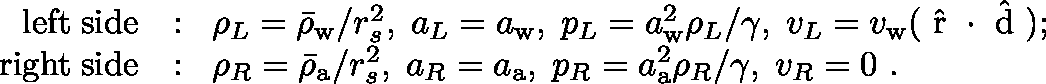
\begin{array} { r l } { \mathrm { l e f t \; s i d e } } & { : \; \; \rho _ { L } = \bar { \rho } _ { \mathrm { w } } / r _ { s } ^ { 2 } , \; a _ { L } = a _ { \mathrm { w } } , \; p _ { L } = a _ { \mathrm { w } } ^ { 2 } \rho _ { L } / \gamma , \; v _ { L } = v _ { \mathrm { w } } ( { \mathrm { \boldmath ~ \hat { r } ~ \unboldmath } } \cdot { \mathrm { \boldmath ~ \hat { d } ~ \unboldmath } } ) ; } \\ { \mathrm { r i g h t \; s i d e } } & { : \; \; \rho _ { R } = \bar { \rho } _ { \mathrm { a } } / r _ { s } ^ { 2 } , \; a _ { R } = a _ { \mathrm { a } } , \; p _ { R } = a _ { \mathrm { a } } ^ { 2 } \rho _ { R } / \gamma , \; v _ { R } = 0 \ . } \end{array}